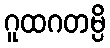
ဂူထဂတမ္ပိ